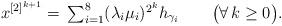
LaTeX: \begin{align*} x^{[2]^{k+1}}=\,\textstyle{\sum}_{i=1}^8(\lambda_i\mu_i)^{2^k}h_{\gamma_i}\qquad\big(\forall\, k\ge 0\big).\end{align*}